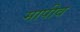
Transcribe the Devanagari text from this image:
मापीव